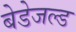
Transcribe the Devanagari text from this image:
बेडेजल्ड